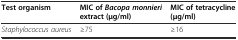
<table><thead><tr><td><b>Test organism</b></td><td><b>MIC of<i>Bacopa monnieri</i>extract (μg/ml)</b></td><td><b>MIC of tetracycline (μg/ml)</b></td></tr></thead><tbody><tr><td><i>Staphylococcus aureus</i></td><td>≥75</td><td>≥16</td></tr></tbody></table>